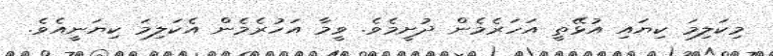
މިކަލިމަ ކިޔައި އުޅޭތީ އަހަރެމެން ދުށީމެވެ. ވީމާ އަހުރެމެން އެކަލިމަ ކިޔަނީއެވެ.